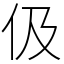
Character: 伋